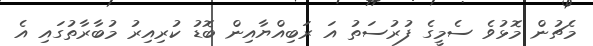
މެޗުން މޮޅުވެ ސެމީގެ ފުރުސަތު އަ ރަބިއްޔާއިން ބޮޑު ކުރިއިރު މުބާރާތުގައި އެ